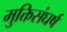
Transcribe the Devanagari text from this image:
मुक्तिसंघर्ष